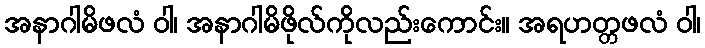
အနာဂါမိဖလံ ဝါ၊ အနာဂါမိဖိုလ်ကိုလည်းကောင်း။ အရဟတ္တဖလံ ဝါ၊